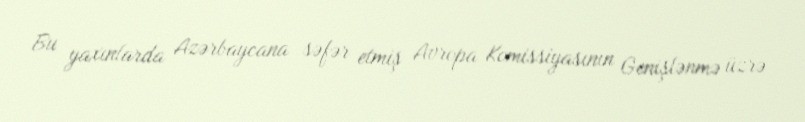
Bu yaxınlarda Azərbaycana səfər etmiş Avropa Komissiyasının Genişlənmə üzrə